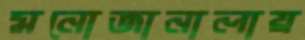
মনোজানালায়